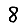
Digit: 8